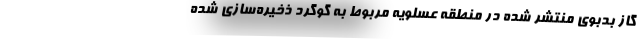
گاز بدبوی منتشر شده در منطقه عسلویه مربوط به گوگرد ذخیره‌سازی شده